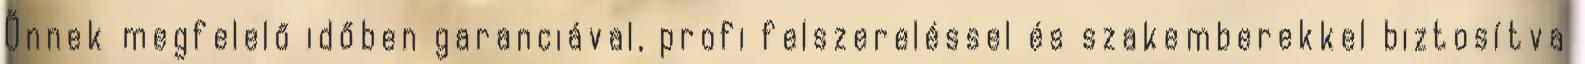
Önnek megfelelő időben garanciával, profi felszereléssel és szakemberekkel biztosítva